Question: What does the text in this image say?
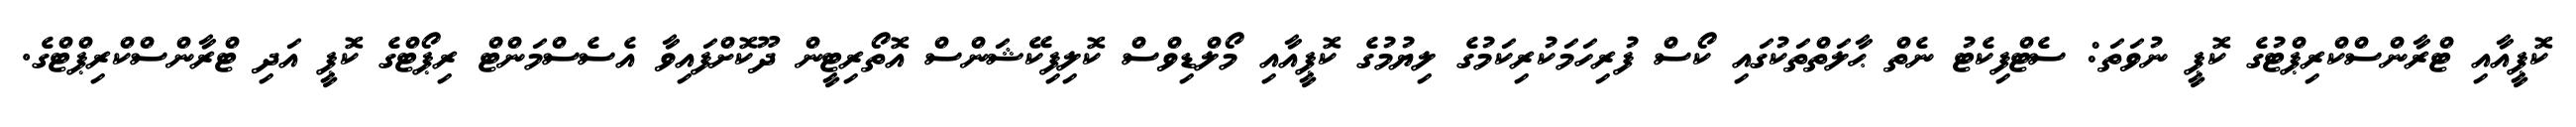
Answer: ކޮޕީއާއި ޓްރާންސްކްރިޕްޓުގެ ކޮޕީ ނުވަތަ: ސެޓްފިކެޓު ނެތް ޙާލަތްތަކުގައި ކޯސް ފުރިހަމަކުރިކަމުގެ ލިޔުމުގެ ކޮޕީއާއި މޯލްޑިވްސް ކޮލިފިކޭޝަންސް އޮތޯރިޓީން ދޫކޮށްފައިވާ އެސެސްމަންޓް ރިޕޯޓްގެ ކޮޕީ އަދި ޓްރާންސްކްރިޕްޓްގެ.